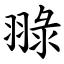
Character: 䎑